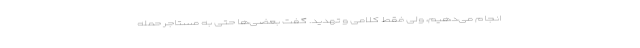
انجام می‌دهیم، ولی فقط کلامی و تهدید. گفت بعضی‌ها حتی به مستاجر حمله